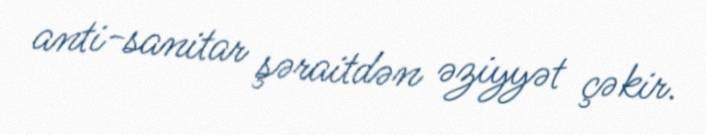
anti-sanitar şəraitdən əziyyət çəkir.